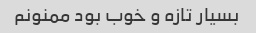
بسیار تازه و خوب بود ممنونم